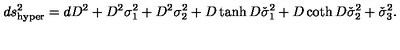
d s _ { \mathrm { h y p e r } } ^ { 2 } = d D ^ { 2 } + D ^ { 2 } \sigma _ { 1 } ^ { 2 } + D ^ { 2 } \sigma _ { 2 } ^ { 2 } + D \tanh D \check { \sigma } _ { 1 } ^ { 2 } + D \coth D \check { \sigma } _ { 2 } ^ { 2 } + \check { \sigma } _ { 3 } ^ { 2 } .